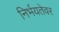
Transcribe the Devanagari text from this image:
निर्भयतेवर